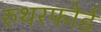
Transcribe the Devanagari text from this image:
रुथरफोर्ड